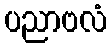
ပညာဗလံ